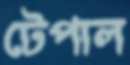
টেপাল